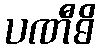
ပဏီဓိ